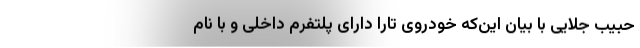
حبیب جلایی با بیان این‌که خودروی تارا دارای پلتفرم داخلی و با نام